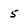
Character: 5